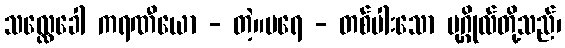
သလ္လေခေါ ကရဏီယော - တဲ့။ပရေ - တစ်ပါးသော ပုဂ္ဂိုလ်တို့သည်၊